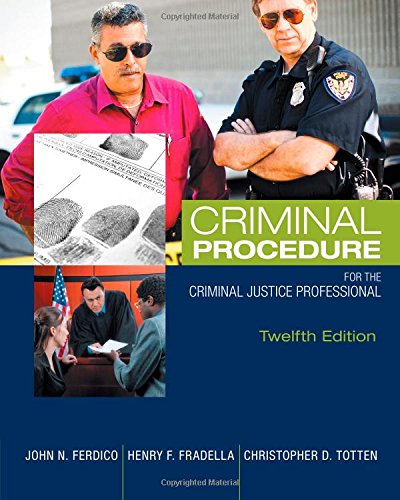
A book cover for Criminal Procedure for the Criminal Justice Professional; John N. Ferdico; Law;